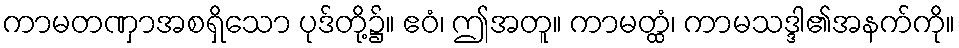
ကာမတဏှာအစရှိသော ပုဒ်တို့၌။ ဧဝံ၊ ဤအတူ။ ကာမတ္ထံ၊ ကာမသဒ္ဒါ၏အနက်ကို။